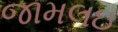
જામલઇ